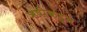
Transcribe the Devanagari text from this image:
ऋषींकडून